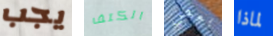
يجب الكتف بعض لماذا